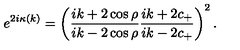
e ^ { 2 i \kappa ( k ) } = \left( \frac { i k + 2 \cos \rho } { i k - 2 \cos \rho } \frac { i k + 2 c _ { + } } { i k - 2 c _ { + } } \right) ^ { 2 } .